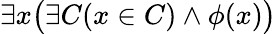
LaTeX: \exists x{\bigl(}\exists C(x\in C)\land\phi(x){\bigr)}